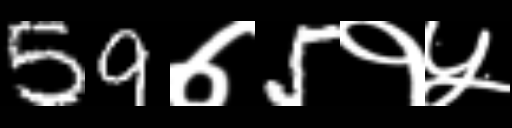
Text: 59७5१५